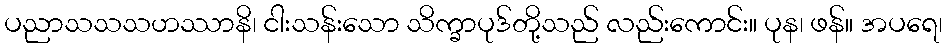
ပညာသသသဟဿာနိ၊ ငါးသန်းသော သိက္ခာပုဒ်တို့သည် လည်းကောင်း။ ပုန၊ ဖန်။ အပရေ၊